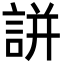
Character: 誁